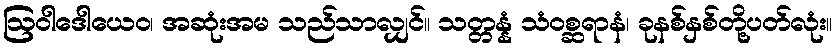
ဩဝါဒေါယေဝ၊ အဆုံးအမ သည်သာလျှင်။ သတ္တန္နံ သံဝစ္ဆရာနံ၊ ခုနစ်နှစ်တို့ပတ်လုံး။